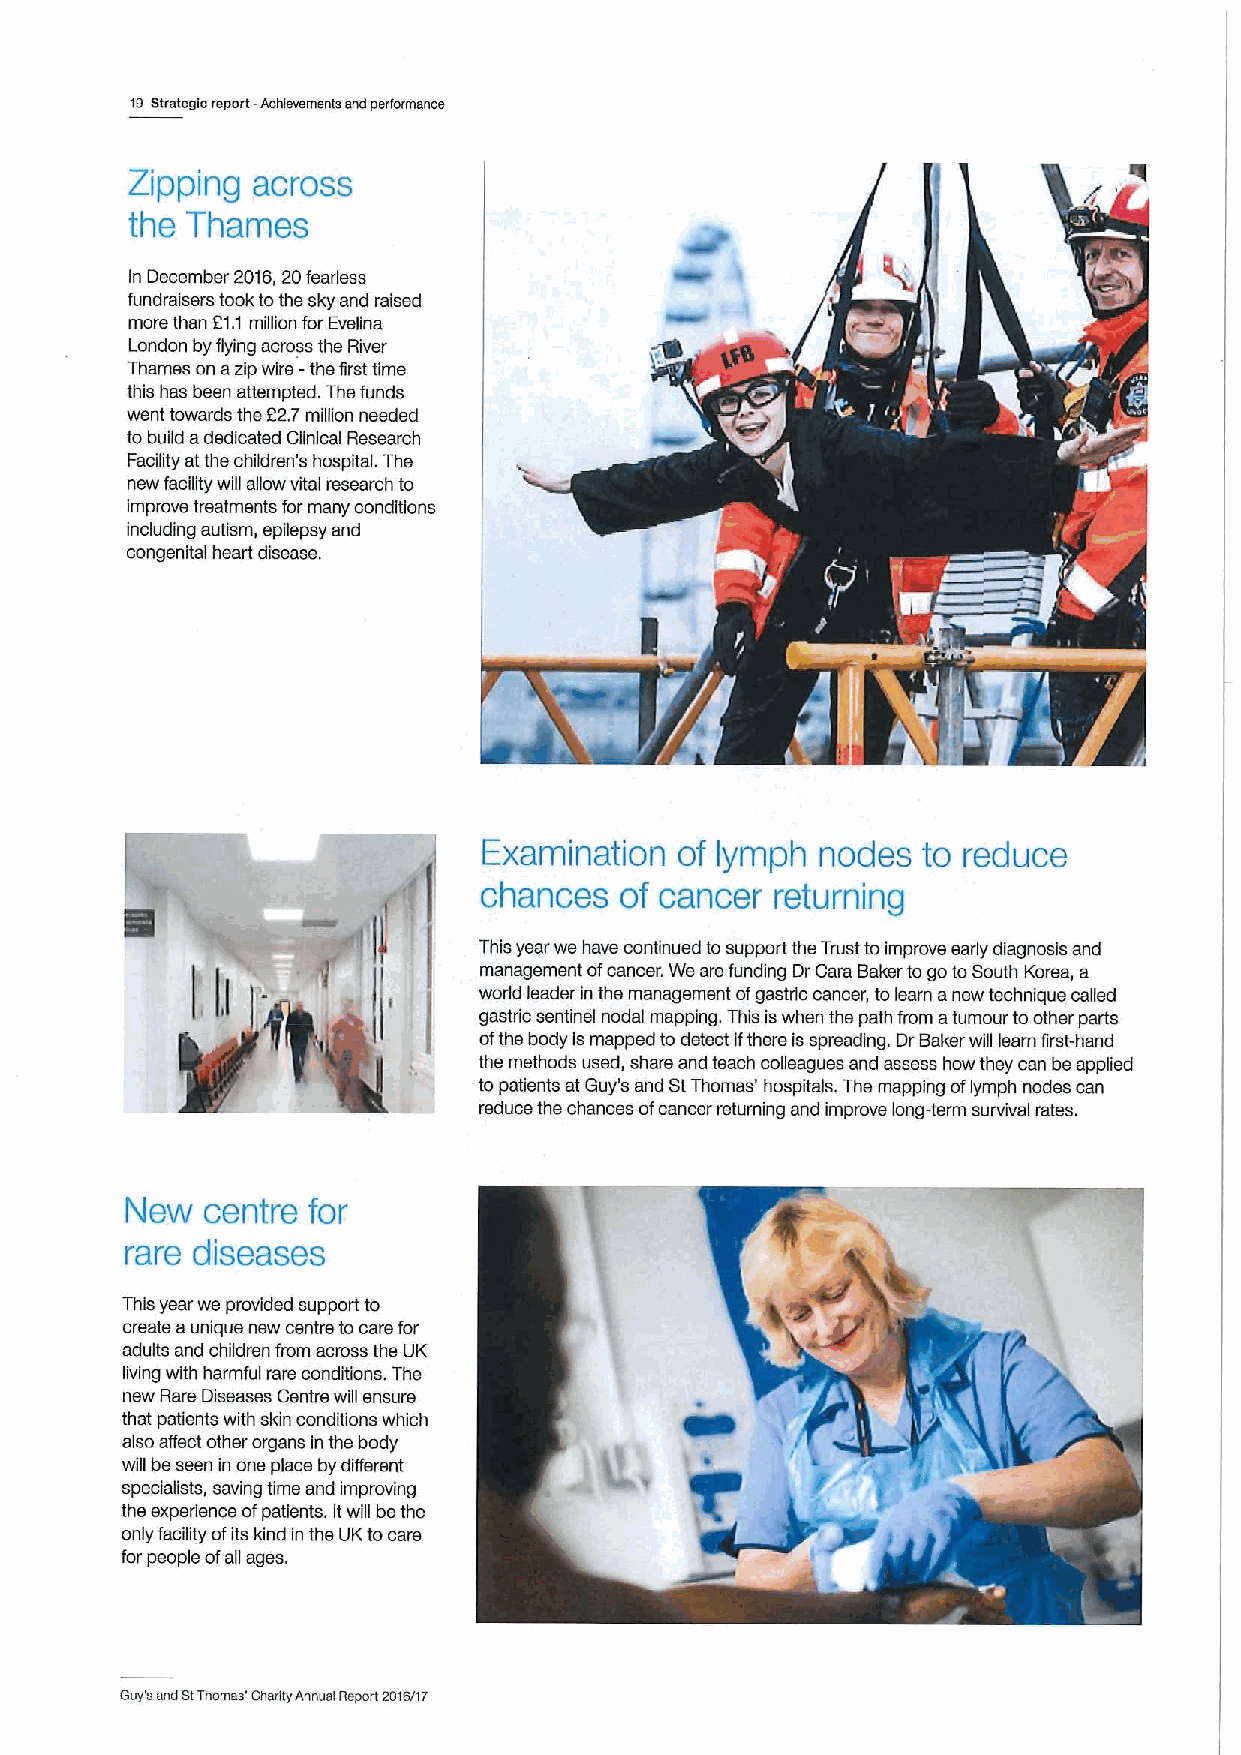
\g Strategic report -Achievements and performance
 across
 Zipping
 the Thames
 In December 20t6,20fearless
 fundraisers took tothe sky and raised
 more than Etd million for Evelina
 London by flying across the River
 Thames on azip wire —the first time
 this has been attempted. The funds
 went towards the 22.7million needed
 to build adedicated Clinical Research
 Facility atthe children's hospital. The
 new facility will allow vital research to
 improve treatments formany conditions
 including autism, epilepsy and
 congenital heart disease.
 Examination  of lymph nodes  to reduce
 chances  of cancer returning
 This year we have continued tosupport the Trust to improve early diagnosis and
 management ofcancer. We are funding Dr Cars Baker to go toSouth Korea, a
 world leader In the management ofgastric cancer, to learn anew technique called
 gastric sentinel nodal mapping. This iswhen the path from atumour toother parts
 ofthe body Ismapped to detect ifthere isspreading. Dr Baker wfil learn first-hand
 the methods used, share and teach colleagues and assess how they can be applied
 to patients at Guy's and StThomas' hospitals. The mapping oflymph nodes can
 reduce the chances ofcancer returning and improve long-term survival rates.
 New   centre for
 rare diseases
 This year we provided support to
 create aunique new centre tocars for
 adults and children from across the UK
 living with harmful rare conditions. The
 new Rare Diseases Centre will ensure
 that patients with skin conditions which
 also affect other organs inthe body
 will be seen in one place by different
 specialists, saving time and improving
 the experience ofpatients. Itwill bethe
 only facility ofits kind in the UKtocare
 for people ofall ages.
 Guy's snd stThomas' charity Annual Report 2016/fr